Civil Veterinary Department. United Provinces 1923-31 - 1923-1931
Year: 1923
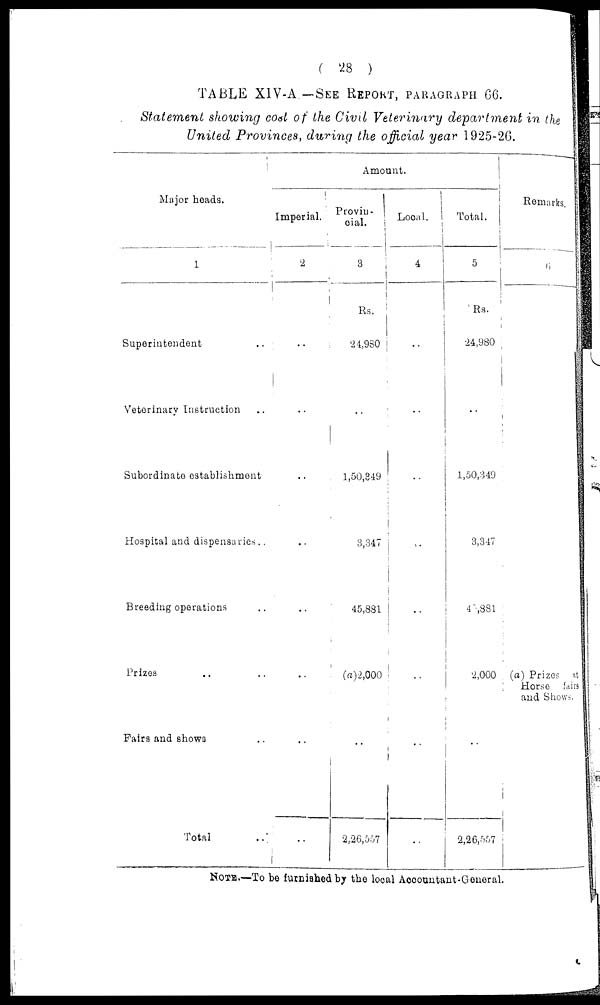
( 28 )
TABLE XIV-A — SEE REPORT, PARAGRAPHS 66.
Statement showing cost of the Civil Veterinary department in the
United Provinces, during the official year 1925-26.
Major heads.
1
Superintendent ..
Veterinary Instruction ..
Subordinate establishment
Hospital and dispensaries ..
Breeding operations ..
Prizes .. ..
Fairs and shows ..
Total ..
Amount.
Imperial.
2
..
..
..
..
..
..
..
..
Provin-
cial.
3
Rs.
24,980
..
1,50,349
3,347
45,831
(a)2,000
..
2,26,557
Local.
4
..
..
..
..
..
..
..
..
Total.
5
Rs.
24,980
..
1,50,349
3,347
45,881
2,000
..
2,26,557
Remarks
6
(a) Prizes at
Horse fairs
and Shows.
NOTE.—To be furnished by the local Accountant-General.